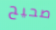
صحيح